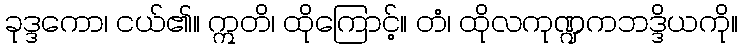
ခုဒ္ဒကော၊ ငယ်၏။ ဣတိ၊ ထိုကြောင့်။ တံ၊ ထိုလကုဏ္ဍကဘဒ္ဒိယကို။